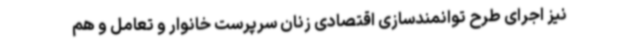
نیز اجرای طرح توانمندسازی اقتصادی زنان سرپرست خانوار و تعامل و هم